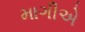
માગીએ